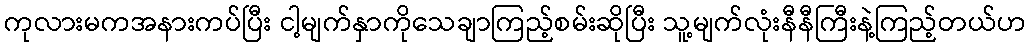
ကုလားမကအနားကပ်ပြီး ငါ့မျက်နှာကိုသေချာကြည့်စမ်းဆိုပြီး သူ့မျက်လုံးနီနီကြီးနဲ့ကြည့်တယ်ဟ